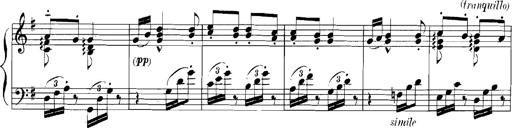
Title: Rhapsodies hongroises
Composer: Franz Liszt